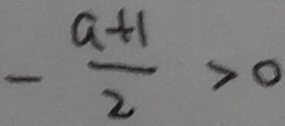
- \frac { a + 1 } { 2 } > 0